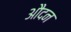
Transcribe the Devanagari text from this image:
औदन